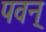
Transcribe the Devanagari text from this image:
पवन्